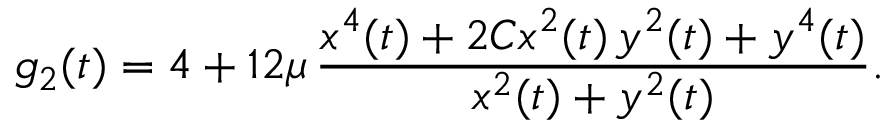
g _ { 2 } ( t ) = 4 + 1 2 \mu \, \frac { x ^ { 4 } ( t ) + 2 C x ^ { 2 } ( t ) \, y ^ { 2 } ( t ) + y ^ { 4 } ( t ) } { x ^ { 2 } ( t ) + y ^ { 2 } ( t ) } .